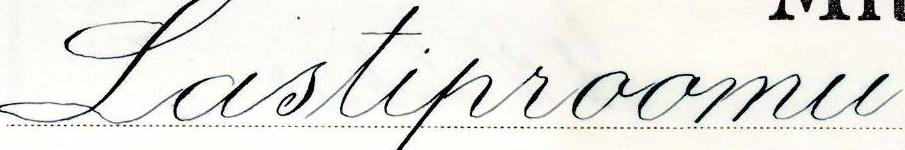
Lastiproomu